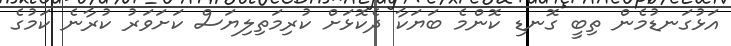
އަޅުގަނޑުމެން ތިބީ ގޮނޑި ކޮންމެ ބަޔަކާ ދެކޮޅަށް ކުރިމަތިލިޔަސް ކަށަވަރު ކުރާނެ ކަމުގެ